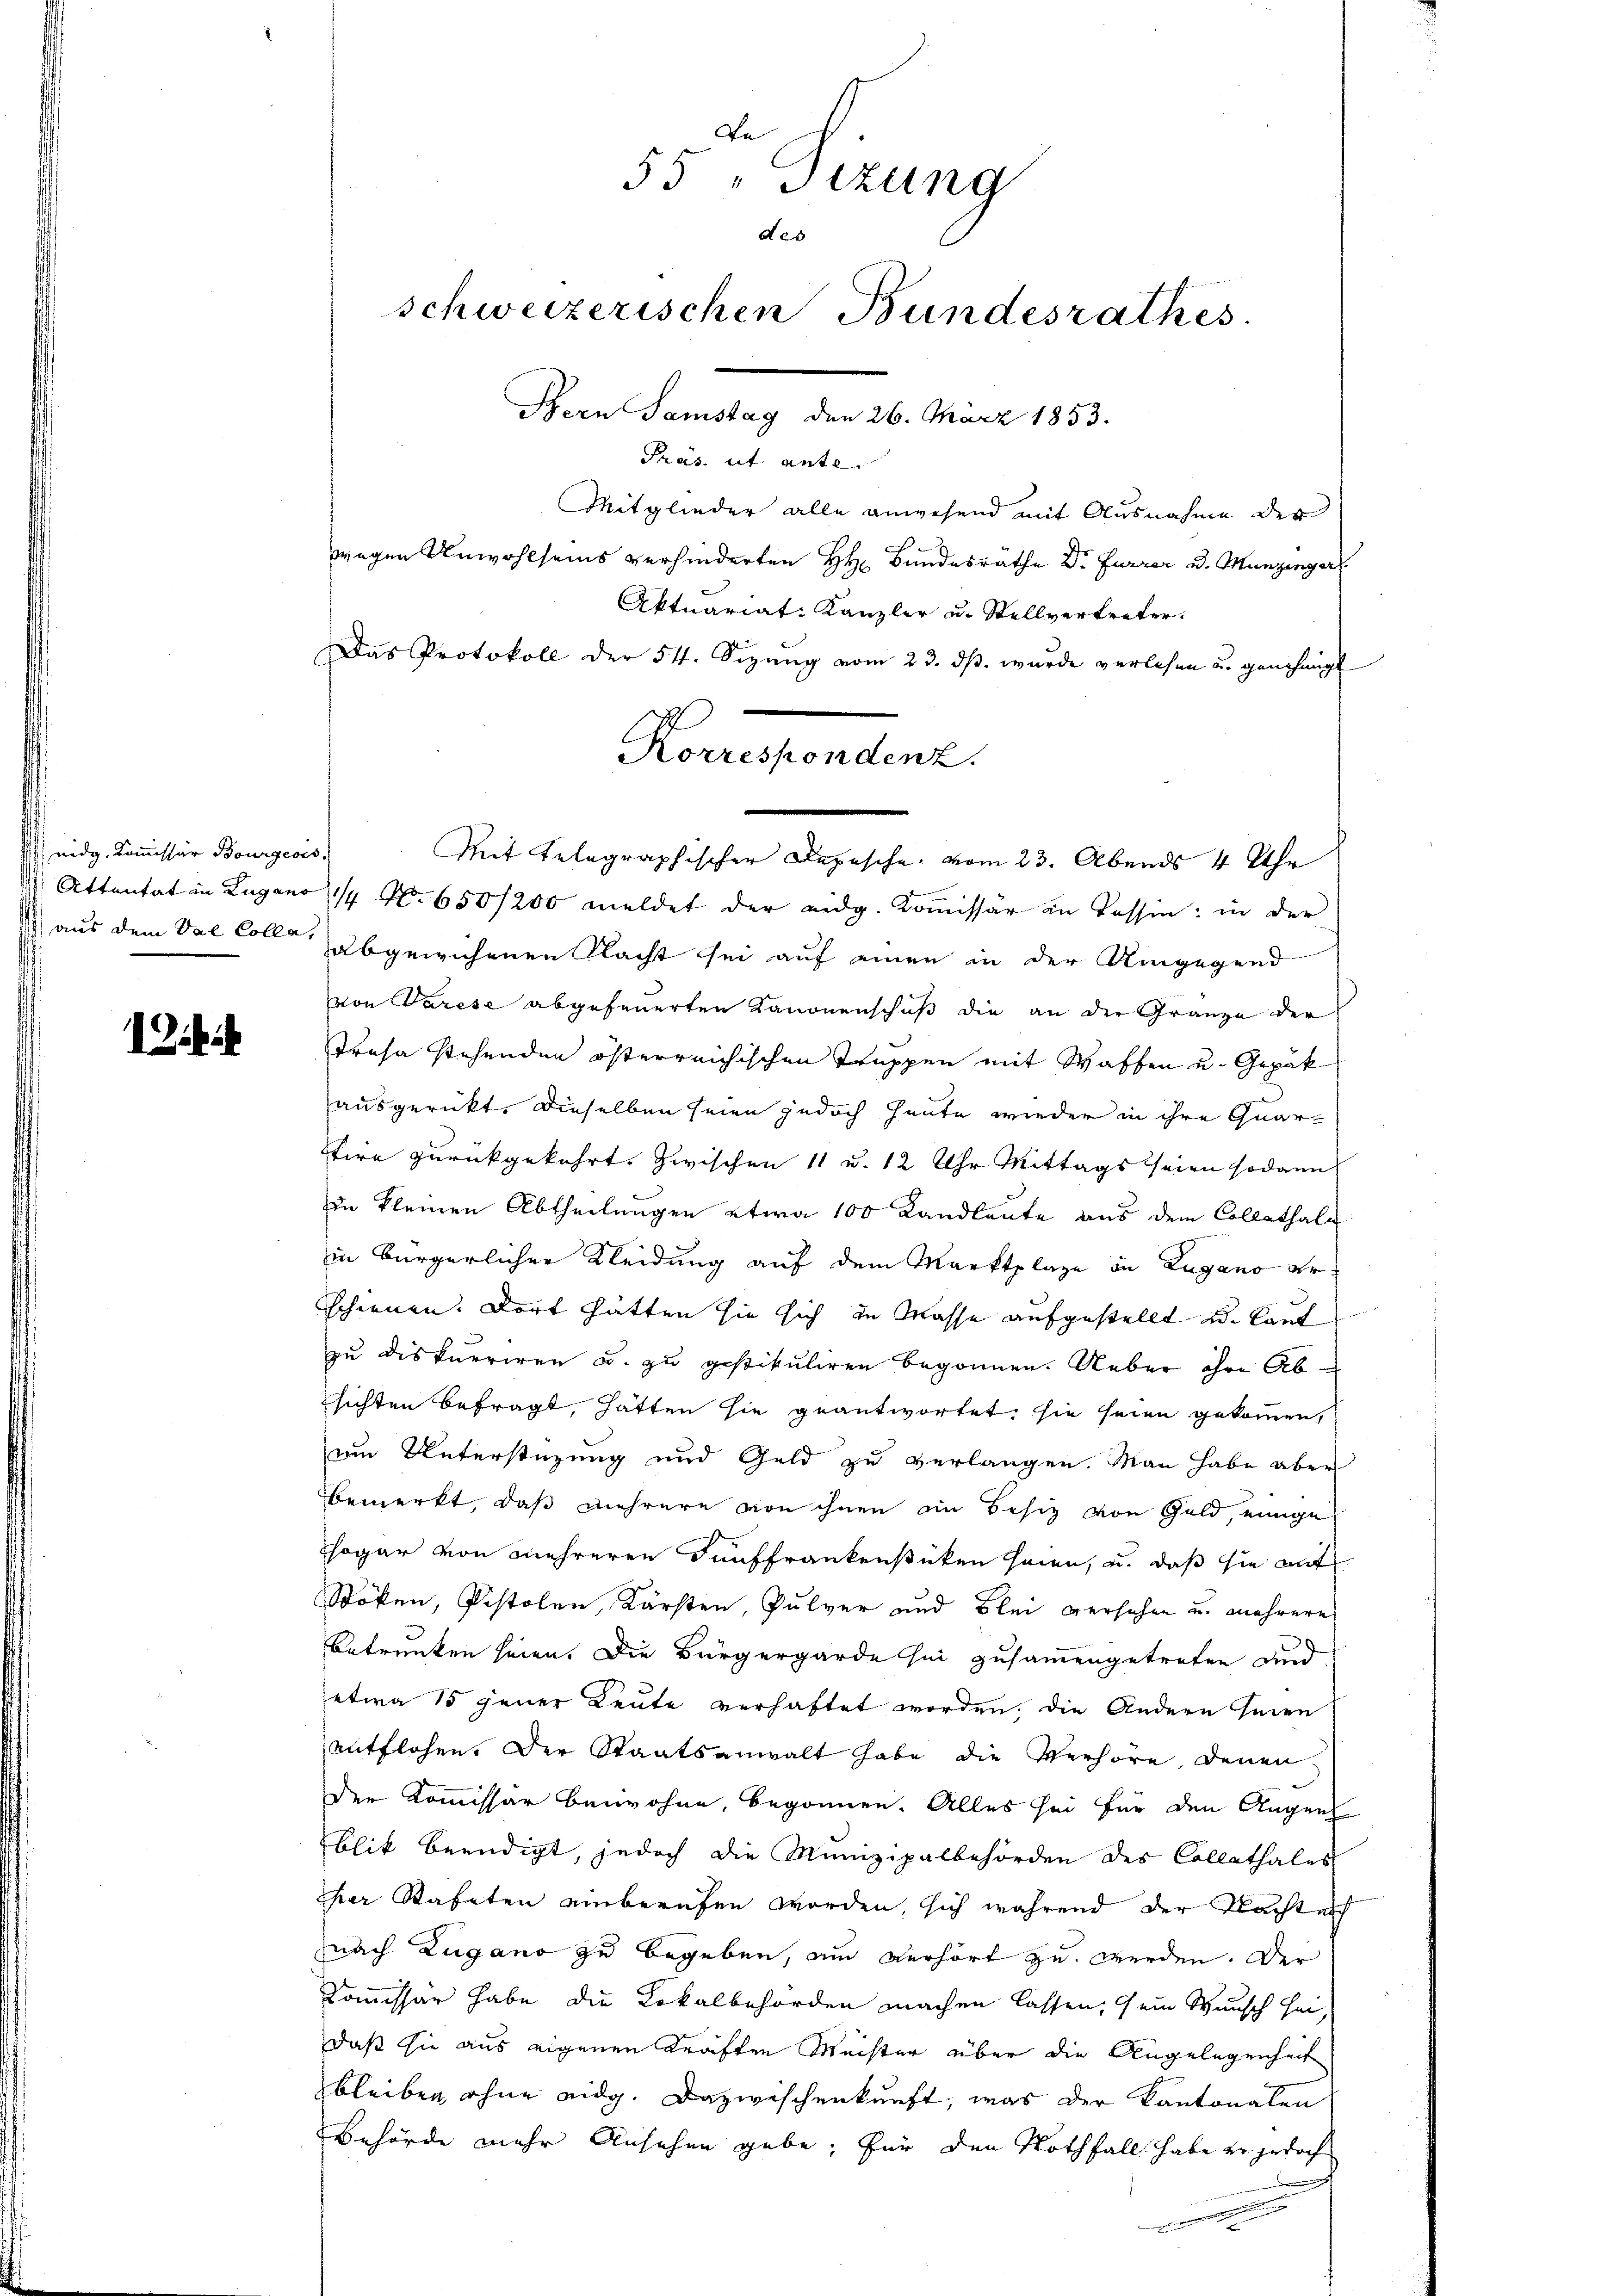
nidg. Kommissär Bourgeois

Schif

De
55 "Sizung
des
schweizerischen Bundesrathes.
Non Samstag der 26. März 1883.

Pras. rt. Ante
Mitglieder alle anwesend mit Ausnahme der
wegen Unwohlseis verhinderten H. Bundesräthe Dr. Furrer u. Munzinger
Aktuariat-Kanzler u. Stellvertreter:
Das Protokoll der 54. Sizung vom 23. ds. wurde verlesen u. genehmigt
Mit telegraphischer Depesche vom 23. Abends 4 Uhr
Attentat in Lugano, 14 No 650/200 meldet der eidg. Kommissär an Passin: in der
aus dem Val Colle abgewichenen Nacht sei auf einen in der Umgegend
von Parise abgefeuerten Kanonenschuß die an der Gränze der
Trasa stehenden österreichischen Truppen mit Waffen u. Gepäk
ausgerückt. Dieselben seien jedoch heute wieder in ihre Quartire zurückgekehrt. Zwischen 11 u. 12 Uhr Mittags seien sodann
in kleinen Abtheilungen etwa 100 Landleute aus dem Collathale
in bürgerlicher Kleidung auf dem Marktplaze in Zugano erschienen. Dort hätten sie sich in Masse aufgestellt u. laut
zu diskurriren u. zu gestituliren begonnen. Ueber ihre Absichten befragt, hätten sie geantwortet, sie seien gekommen,
um Unterstüzung und Geld zu verlangen. Man habe aber
bbemerkt, daß mehrere von ihnen im Besitz von Geld, einige
ogar von mehreren Fünffrankenstücken seien, u. daß sie mit
Stöken, Pistolen, Kärsten, Pulver und Blei versehen u. mehrere
betrunken seien. Die Bürgergarde sei zusammengetreten und
etwa 15 jener Leute verhaftet worden, die Andern seien
entflohen. Der Staatsanwalt habe die Verhöre, denen
der Kommissär beiwohne, begonnen. Alles sei für den Augen
blik beendigt, jedoch die Munizipalbehörden des Collathales
her Stafeten einberufen worden, sich während der Nacht nich
nach Zugano zu begeben, am Verhört zu werden. Der
Kommissär habe die Lokalbehörden machen lassen, ein Wunsch sei,
daß sie aus eigenen Kräften Meister über die Angelegenheit
bleiben ohne eidg. Dazwischenkunft, was der Kantonalen
Behörde mehr Ansehen gebe, für den Nothfall habe er jedoch
.

Korrespondenz.